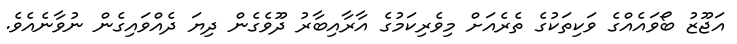
އަޖޫޒު ބޯވައެއްގެ ވަކިތަކުގެ ތެރެއަށް މިވެރިކަމުގެ އާރާއިބާރު ދޫވެގެން ދިޔަ ދެއްވައިގެން ނުވާނެއެވެ.